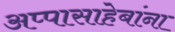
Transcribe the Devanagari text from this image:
अप्पासाहेबांना